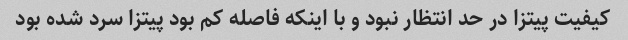
کیفیت پیتزا در حد انتظار نبود و با اینکه فاصله کم بود پیتزا سرد شده بود